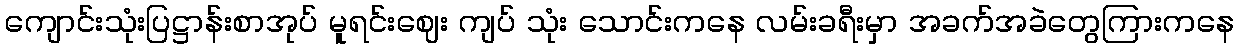
ကျောင်းသုံးပြဋ္ဌာန်းစာအုပ် မူရင်းဈေး ကျပ် သုံး သောင်းကနေ လမ်းခရီးမှာ အခက်အခဲတွေကြားကနေ